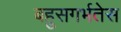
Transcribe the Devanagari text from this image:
बहुसगर्भतेस